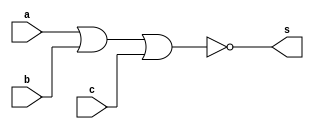
module Exercicio02(s, a, b, c);
	output s;
	input a, b, c;
	assign s = ~ (a | b | c);
endmodule

module testeExercicio02;
	reg a, b, c;
	wire s;

	Exercicio02 EX02 (s, a, b, c);

	initial begin
		a = 0;
		b = 0;
		c = 0;
	end

	initial begin

		$display("Exemplo 02 - Douglas Borges - 417889");
		$display("Tabela verdade da porta NOR com 3 entradas\n");

		$display(" ~ ( a | b | c )  =  s");
		#1 $display("     %b   %b   %b       %b", a, b, c, s);

		#1 a = 0; b = 0; c = 1;
		#1 $display("     %b   %b   %b       %b", a, b, c, s);

		#1 a = 0; b = 1; c = 0;
		#1 $display("     %b   %b   %b       %b", a, b, c, s);

		#1 a = 0; b = 1; c = 1;
		#1 $display("     %b   %b   %b       %b", a, b, c, s);

		#1 a = 1; b = 0; c = 0;
		#1 $display("     %b   %b   %b       %b", a, b, c, s);

		#1 a = 1; b = 0; c = 1;
		#1 $display("     %b   %b   %b       %b", a, b, c, s);

		#1 a = 1; b = 1; c = 0;
		#1 $display("     %b   %b   %b       %b", a, b, c, s);

		#1 a = 1; b = 1; c = 1;
		#1 $display("     %b   %b   %b       %b", a, b, c, s);

	end

endmodule